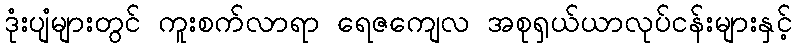
ဒုံးပျံများတွင် ကူးစက်လာရာ ရေဇကျေလ အစုရှယ်ယာလုပ်ငန်းများနှင့်